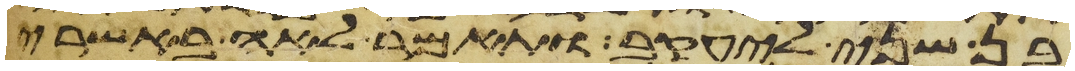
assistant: בן שני ליעקב ותאמר לאה באשרי